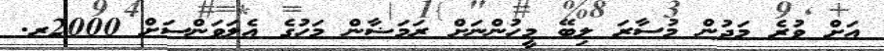
އަށް ވުރެ މަދުން މުސާރަ ލިބޭ މީހުންނަށް ރަމަޟާން މަހުގެ އެލަވަންސަށް 2000ރ.